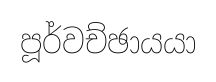
පූර්වච්ඡායයා